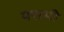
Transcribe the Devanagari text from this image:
फ्सभी